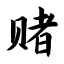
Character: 赌